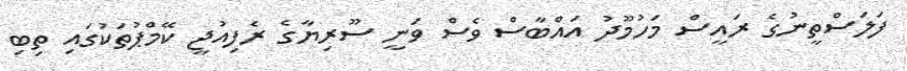
ފަލަސްތީނުގެ ރައީސް މަހުމޫދު އައްބާސް ވެސް ވަނީ ސޫރިޔާގެ ރެފިއުޖީ ކޭމްޕުތަކުގައި ތިބި